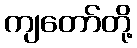
ကျတော်တို့